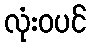
လုံးဝပင်